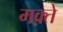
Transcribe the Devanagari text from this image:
मक़्ते